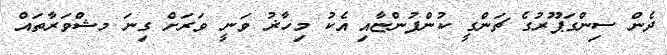
ދެން ސިންގަޕޫރުގެ ޗަންގީ ކުންފުންޏާއި އެކު މިހާޜު ވަނީ ވަރަށް ގިނަ މޝްވަރާތައް